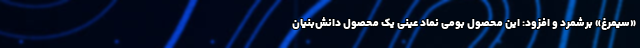
«سیمرغ» برشمرد و افزود: این محصول بومی نماد عینی یک محصول دانش‌بنیان